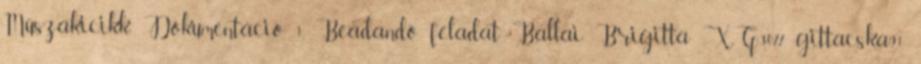
Műszakicikk Dokumentáció. 1. Beadandó feladat Ballai Brigitta XG3077 gittacska91